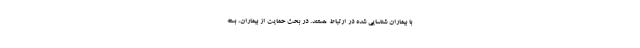
با بیماران شناسایی شده در ارتباط هستند. در بحث حمایت از بیماران، بسته